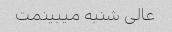
عالی شنبه میبینمت